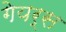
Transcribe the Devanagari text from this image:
गेयर्स